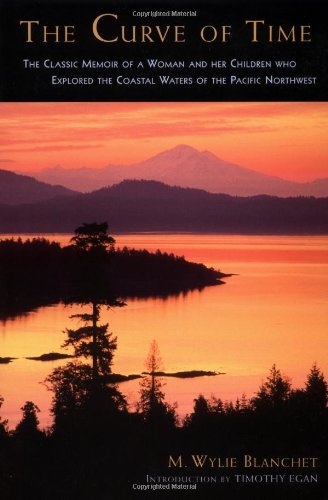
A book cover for The Curve of Time: The Classic Memoir of a Woman and Her Children Who Explored the Coastal Waters of the Pacific Northwest (Adventura Books); M. Wylie Blanchet; Biographies & Memoirs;